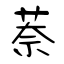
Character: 萘